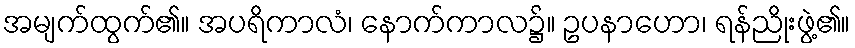
အမျက်ထွက်၏။ အပရိကာလံ၊ နောက်ကာလ၌။ ဥပနာဟော၊ ရန်ညိုးဖွဲ့၏။